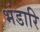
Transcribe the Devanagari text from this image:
भंडारि